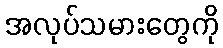
အလုပ်သမားတွေကို